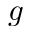
g